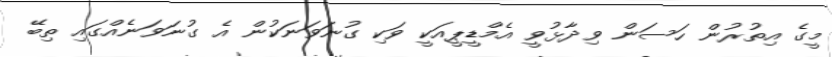
މީގެ އިތުރުން ހަސަން ވިދާޅުވީ އެމްޑީޕީއަކީ ވަކި ގުނަވަނަކުން އެ ގުނަވަނެއްގައި ތިބޭ